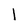
Character: l